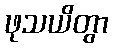
ဖုသယိတွာ